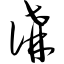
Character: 讲